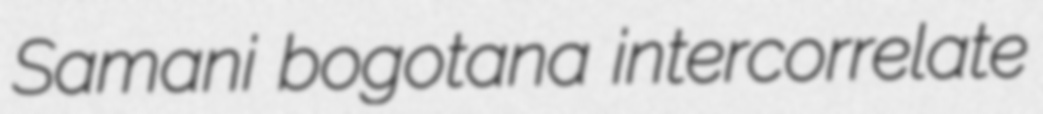
Samani bogotana intercorrelate